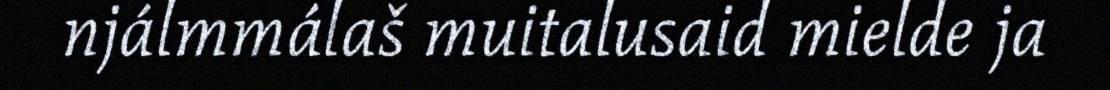
njálmmálaš muitalusaid mielde ja